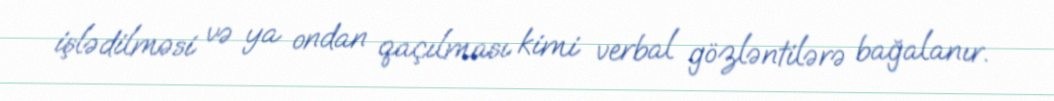
işlədilməsi və ya ondan qaçılması kimi verbal gözləntilərə bağalanır.